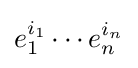
e_{1}^{i_{1}}\cdots e_{n}^{i_{n}}